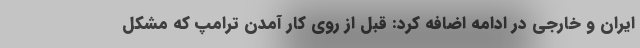
ایران و خارجی در ادامه اضافه کرد: قبل از روی کار آمدن ترامپ که مشکل